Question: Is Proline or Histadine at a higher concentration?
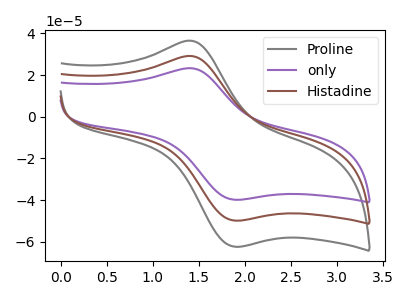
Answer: <think>The gray curve "Proline" has an anodic peak at (1.45V, 36.30uA) and a cathodic peak at (1.90V, -62.40uA). The purple curve "only" has an anodic peak at (1.45V, 58.05uA) and a cathodic peak at (1.90V, -99.70uA). The brown curve "Histadine" has an anodic peak at (1.45V, 29.00uA) and a cathodic peak at (1.90V, -49.85uA).
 All the peaks in "Proline" have a peak in "Histadine" at the same potential. Every peak in "Proline" is higher than every peak in "Histadine".</think>
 <answer>"Proline" has more signal than "Histadine" and so likely has a higher concentration.</answer>
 <eval>more_concentration</eval>